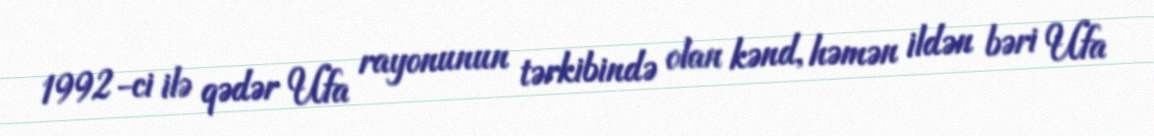
1992-ci ilə qədər Ufa rayonunun tərkibində olan kənd, həmən ildən bəri Ufa